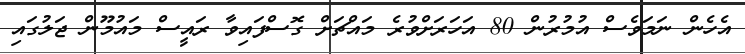
އެހެން ނަމަވެސް އުމުރުން 80 އަހަރަށްވުރެ މައްޗަށް ގޮސްފައިވާ ރައީސް މައުމޫން ޖަލުގައި